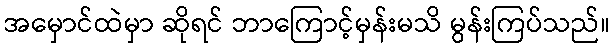
အမှောင်ထဲမှာ ဆိုရင် ဘာကြောင့်မှန်းမသိ မွန်းကြပ်သည်။